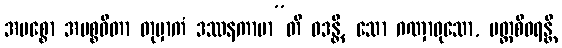
အမစ္စော အမစ္စဓီတာ တုမှာကံ ဒဿနကာမာ”တိ ဝဒန္တိ, သော ဂဏှာဝုသော, ပတ္တစီဝရန္တိ